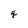
Character: q